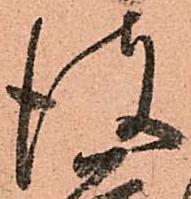
彼